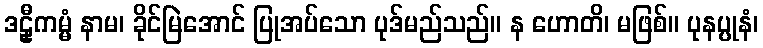
ဒဠှီကမ္မံ နာမ၊ ခိုင်မြဲအောင် ပြုအပ်သော ပုဒ်မည်သည်။ န ဟောတိ၊ မဖြစ်။ ပုနပ္ပုနံ၊